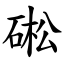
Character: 硹